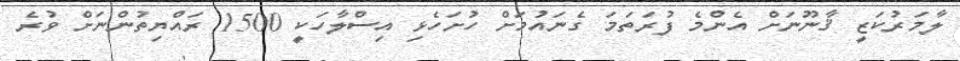
ލާމަރުކަޒީ ޤާނޫނަށް އެންމެ ފުރަތަމަ ގެނައުމަށް ހުށަހެޅި އިސްލާހަކީ 1500 ރައްޔިތުންނަށް ވުރެ